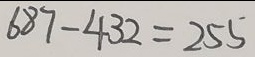
6 8 7 - 4 3 2 = 2 5 5